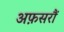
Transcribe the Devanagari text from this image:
अफ़सरौं